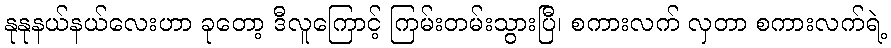
နုနုနယ်နယ်လေးဟာ ခုတော့ ဒီလူကြောင့် ကြမ်းတမ်းသွားပြီ၊ စကားလက် လှတာ စကားလက်ရဲ့